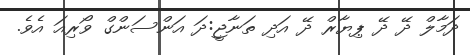
ދަމާލް ދޭ ދޭ ޕިޔާރް ދޭ އަދި ތަނާޖީ:ދަ އަންސަންގް ވޯރިއަ އެވެ.